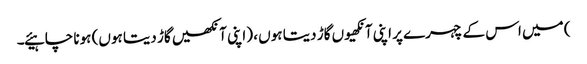
) میں اس کے چہرے پر اپنی آنکھیوں گاڑ دیتا ہوں ، (اپنی آنکھیں گاڑ دیتا ہوں) ہونا چاہیئے۔